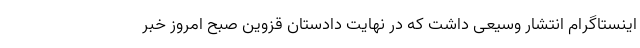
اینستاگرام انتشار وسیعی داشت که در نهایت دادستان قزوین صبح امروز خبر